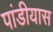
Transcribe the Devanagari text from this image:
पांडीयास